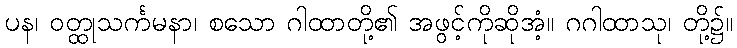
ပန၊ ဝတ္ထုသင်္ကမနာ၊ စသော ဂါထာတို့၏ အဖွင့်ကိုဆိုအံ့။ ဂဂါထာသု၊ တို့၌။